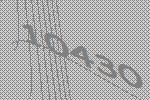
10430